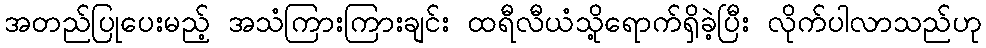
အတည်ပြုပေးမည့် အသံကြားကြားချင်း ထရီလီယံသို့ရောက်ရှိခဲ့ပြီး လိုက်ပါလာသည်ဟု